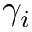
\gamma _ { i }